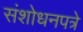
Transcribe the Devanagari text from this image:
संशोधनपत्रे